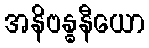
အနိဗန္ဓနီယော